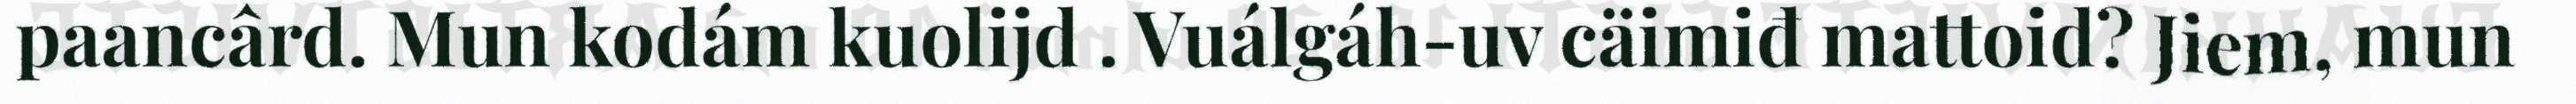
paancârd. Mun kodám kuolijd . Vuálgáh-uv cäimiđ mattoid? Jiem, mun